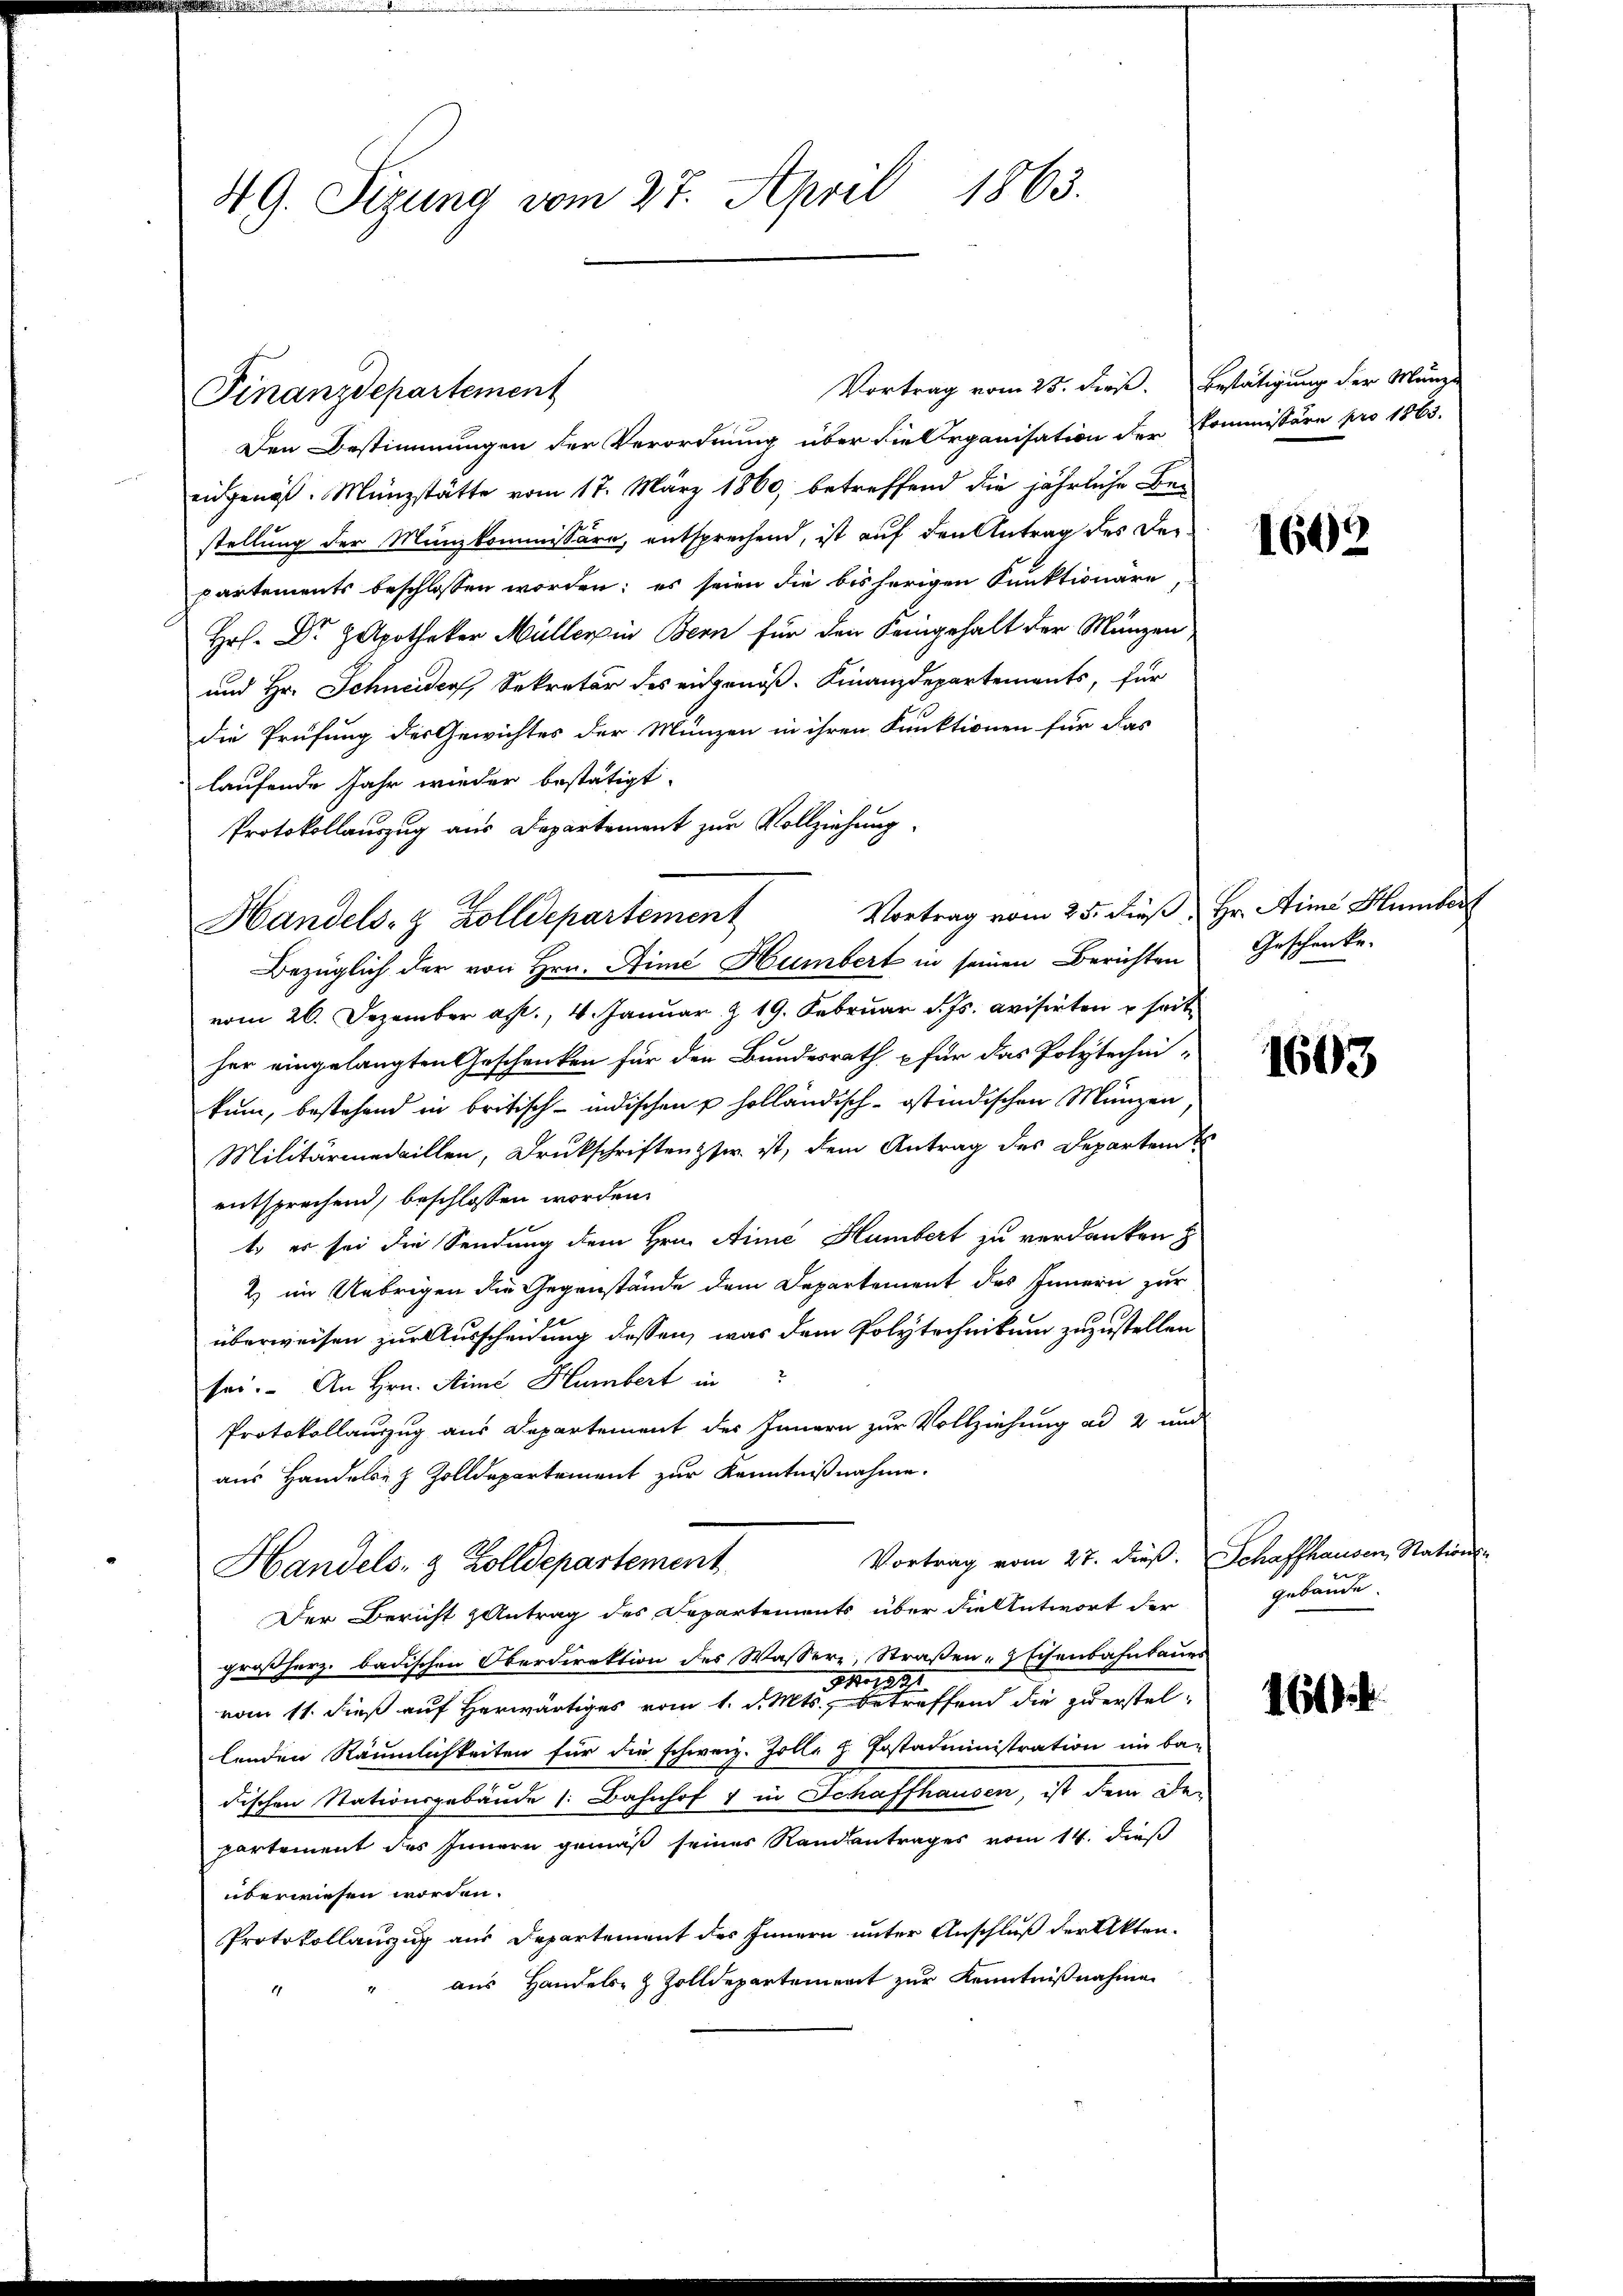
S. G. Sizung vom 27. April 1863.

Vortrag vom 25. dieß. Bestätigung der Münze
Den Bestimmungen der Verordnung über die Organisation der Commissäre pro 1863.
eidgenöß. Münzstätte vom 17. März 1860, betreffend die jährliche Be-
stellung der Münzkommissäre, entsprechend, ist auf den Antrag des Der-
partements beschlossen worden; es seien die bisherigen Funktionäre
Hr. Dr. Zapotheker Müllerin Bern für den Seingehalt der Münzen
und Hr. Schneider, Sekretär des eidgenöß. Finanzdepartements, für
die Prüfung der Gewichtes der Münzen in ihren Funktionen für das
laufende Jahr wieder bestätigt.
Protokollauszug aus Departement zur Vollziehung.
Vortrag vom 25. diese Hr. Arme Humbert
Bezüglich der von Hrn. Himé Humbert in seinen Berichten
vom 26. Dezember a. f., 4. Januar & 19. Februar d. Js. evisirten u seit
her eingelangten Geschenken für den Bundesrath für das Polytechnikum, bestehend in britisch-indischen u holländisch-östindischen Münzen
Militärmedaillen, Druckschriftenger ist, dem Antrag des Departen
entsprechend, beschlossen worden.
t er sei die Sendung dem Hrn. Aine Humbert zu verdanken
2) im Uebrigen die Gegenstände dem Departement des Innern zur
überweisen zur Ausscheidung dessen, was dem Polytechnikum zuzustellen
sei. An Hrn. Sime Humbert in
Protokollauszug aus Departement des Innern zur Vollziehung ad 2 und
aus Handelsez Zolldepartement zur Kenntnißnahme.
Vortrag vom 27. dieß. Schaffhausen, Nations
Handels- & Zolldepartement
Der Bericht antrag des Departements über die Antwort der
großherz. badischen Oberdirektion des Wassere, Straßen-Eisenbahnbaues
JM 1891
vom 11. dieß auf herwärtiges vom 1. d. Mts., betreffend die zuerstellenden Räumlichkeiten für die schweiz. Zolle z. Postadministration ein ban
dischen Stationsgebäude 1: Bahnhof & in Schaffhausen, ist dem Departement des Innern gemäß seiner Randsantrages vom 14. dieß
überwiesen worden.
Protokollauszug aus Departement des Innern unter Anschluß der Akten.
aus Handels- & Zolldepartement zur Kenntnißnahmen

Finanzdepartement

Handels- & Zolldepartement

1609

Geschenke.

1603

e
gebäude.

16